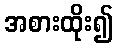
အစားထိုး၍